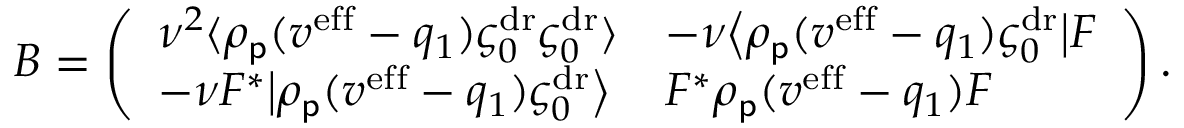
B = \left( \begin{array} { l l } { \nu ^ { 2 } \langle \rho _ { \mathsf { p } } ( v ^ { \mathrm { e f f } } - q _ { 1 } ) \varsigma _ { 0 } ^ { \mathrm { d r } } \varsigma _ { 0 } ^ { \mathrm { d r } } \rangle } & { - \nu \big \langle \rho _ { \mathsf { p } } ( v ^ { \mathrm { e f f } } - q _ { 1 } ) \varsigma _ { 0 } ^ { \mathrm { d r } } \big | F } \\ { - \nu F ^ { * } \big | \rho _ { \mathsf { p } } ( v ^ { \mathrm { e f f } } - q _ { 1 } ) \varsigma _ { 0 } ^ { \mathrm { d r } } \big \rangle } & { F ^ { * } \rho _ { \mathsf { p } } ( v ^ { \mathrm { e f f } } - q _ { 1 } ) F } \end{array} \right) .